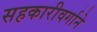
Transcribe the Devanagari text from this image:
सहकारीवर्गाने